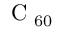
\mathrm { ~ C ~ } _ { 6 0 }